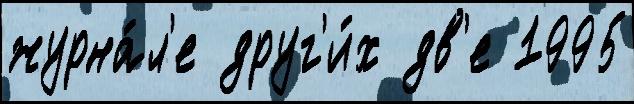
журна́л'е друг'и́х дв'е 1995